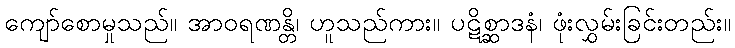
ကျော်စောမှုသည်။ အာဝရဏန္တိ၊ ဟူသည်ကား။ ပဋိစ္ဆာဒနံ၊ ဖုံးလွှမ်းခြင်းတည်း။